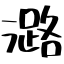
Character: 潞